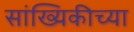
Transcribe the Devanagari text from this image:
सांख्यिकीच्या